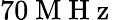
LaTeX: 70\mathrm{~M~H~z~}